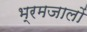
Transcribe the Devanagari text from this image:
भ्रमजालों